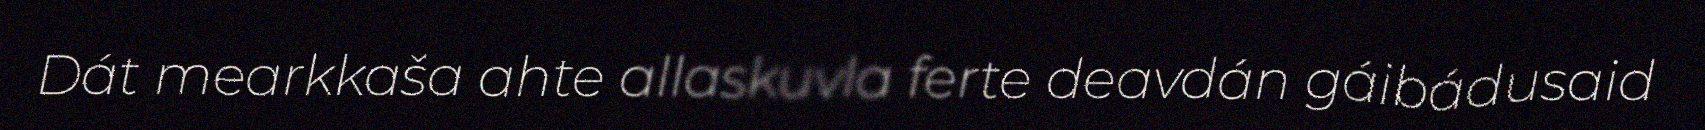
Dát mearkkaša ahte allaskuvla ferte deavdán gáibádusaid